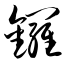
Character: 锣